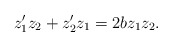
\begin{align*} z_1'z_2+z_2'z_1=2bz_1z_2.\end{align*}